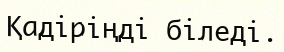
Қадіріңді біледі.